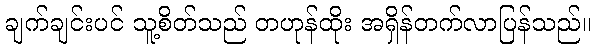
ချက်ချင်းပင် သူ့စိတ်သည် တဟုန်ထိုး အရှိန်တက်လာပြန်သည်။